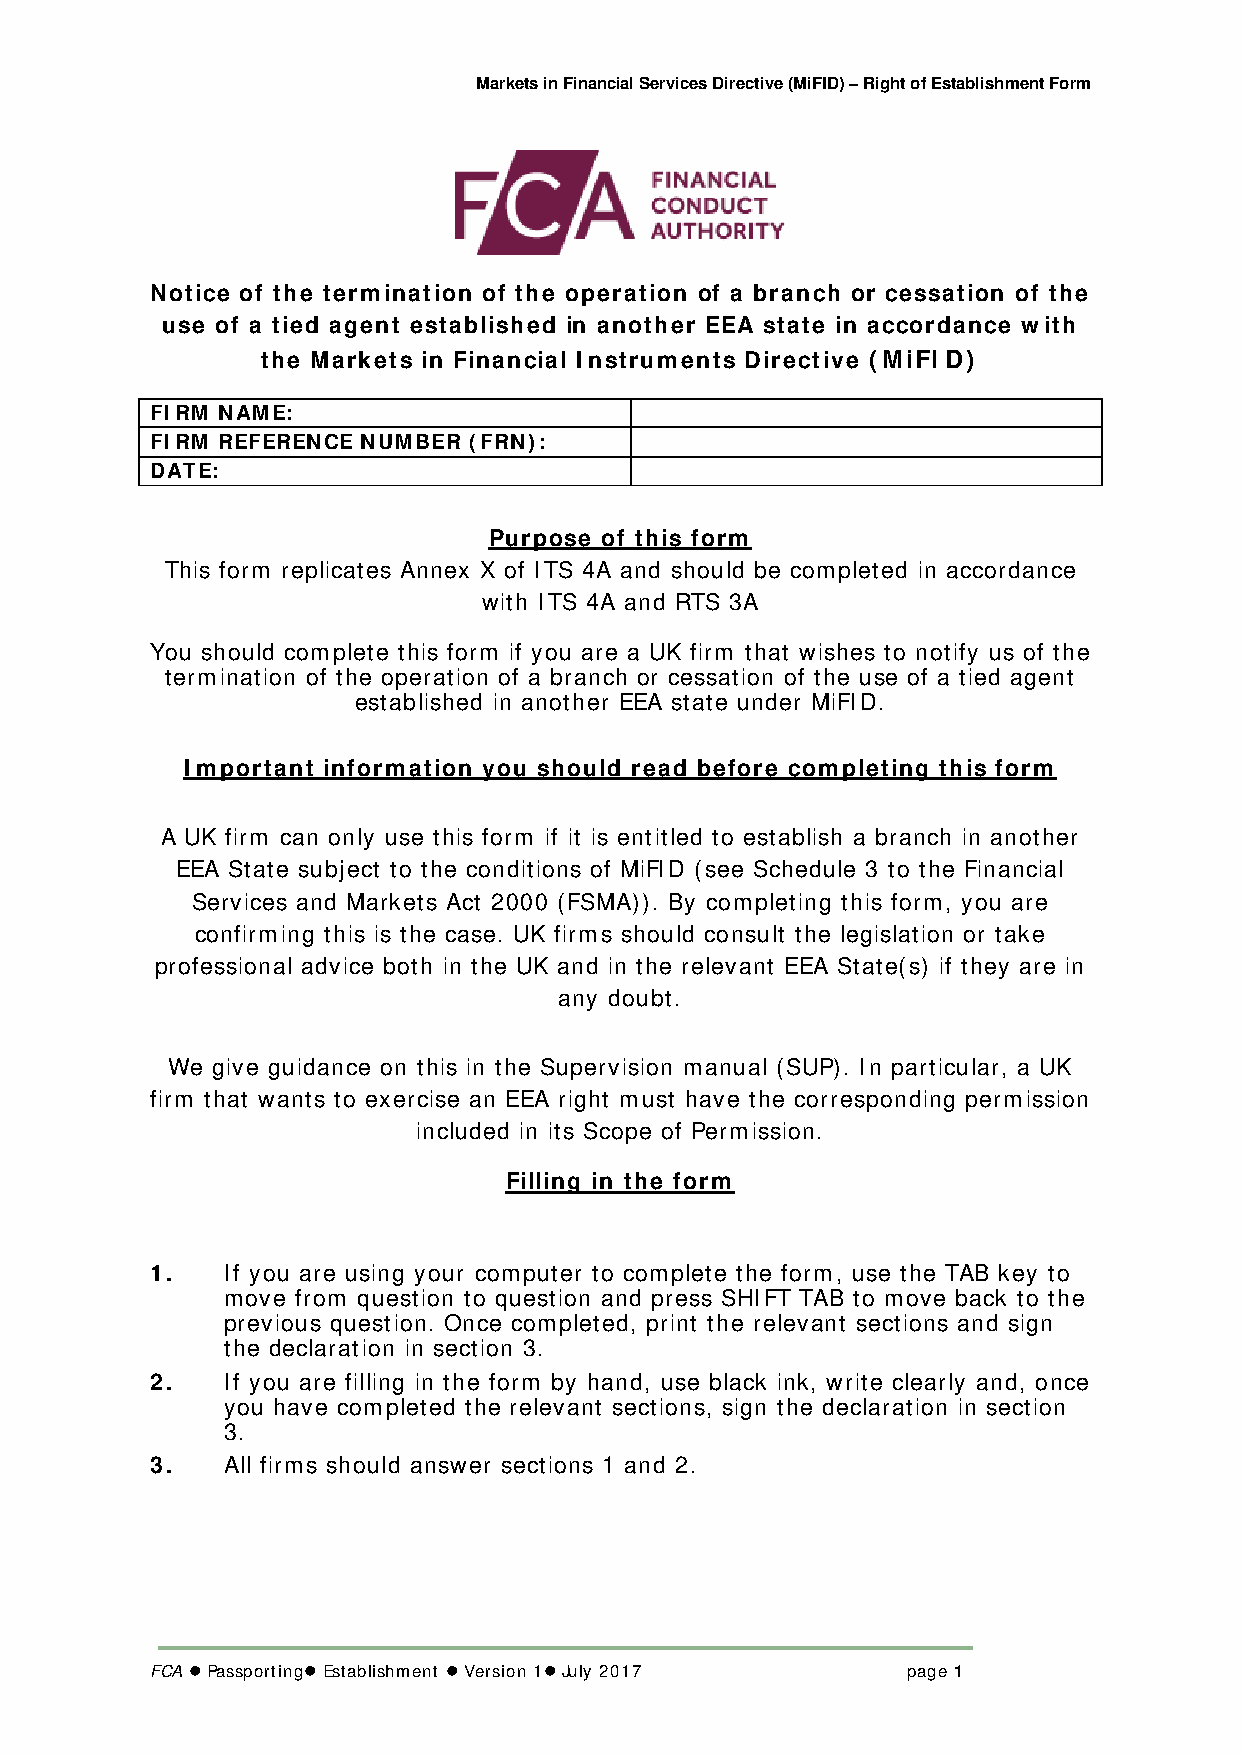
Markets in Financial Services Directive (MiFID) – Right of Establishment Form
 Notice of the termination of the operation of a branch or cessation of the
 use of a tied agent established in another EEA state in accordance with
 the Markets in Financial Instruments Directive (MiFI D)
 FIRM NAME:
 FIRM REFERENCE NUMBER (FRN):
 DATE:
 Purpose of this form
 This form replicates Annex X of ITS 4A and should be completed in accordance
 with ITS 4A and RTS 3A
 You should complete this form if you are a UK firm that wishes to notify us of the
 termination of the operation of a branch or cessation of the use of a tied agent
 established in another EEA state under MiFID.
 Important information you should read before completing this form
 A UK firm can only use this form if it is entitled to establish a branch in another
 EEA State subject to the conditions of MiFID (see Schedule 3 to the Financial
 Services and Markets Act 2000 (FSMA)). By completing this form, you are
 confirming this is the case. UK firms should consult the legislation or take
 professional advice both in the UK and in the relevant EEA State(s) if they are in
 any doubt.
 We give guidance on this in the Supervision manual (SUP). In particular, a UK
 firm that wants to exercise an EEA right must have the corresponding permission
 included in its Scope of Permission.
 Filling in the form
 1.   If you are using your computer to complete the form, use the TAB key to
 move from question to question and press SHIFT TAB to move back to the
 previous question. Once completed, print the relevant sections and sign
 the declaration in section 3.
 2.   If you are filling in the form by hand, use black ink, write clearly and, once
 you have completed the relevant sections, sign the declaration in section
 3.
 3.   All firms should answer sections 1 and 2.
 FCA  Passporting Establishment  Version 1 July 2017 page 1